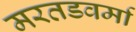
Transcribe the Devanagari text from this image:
मरतडवर्मा